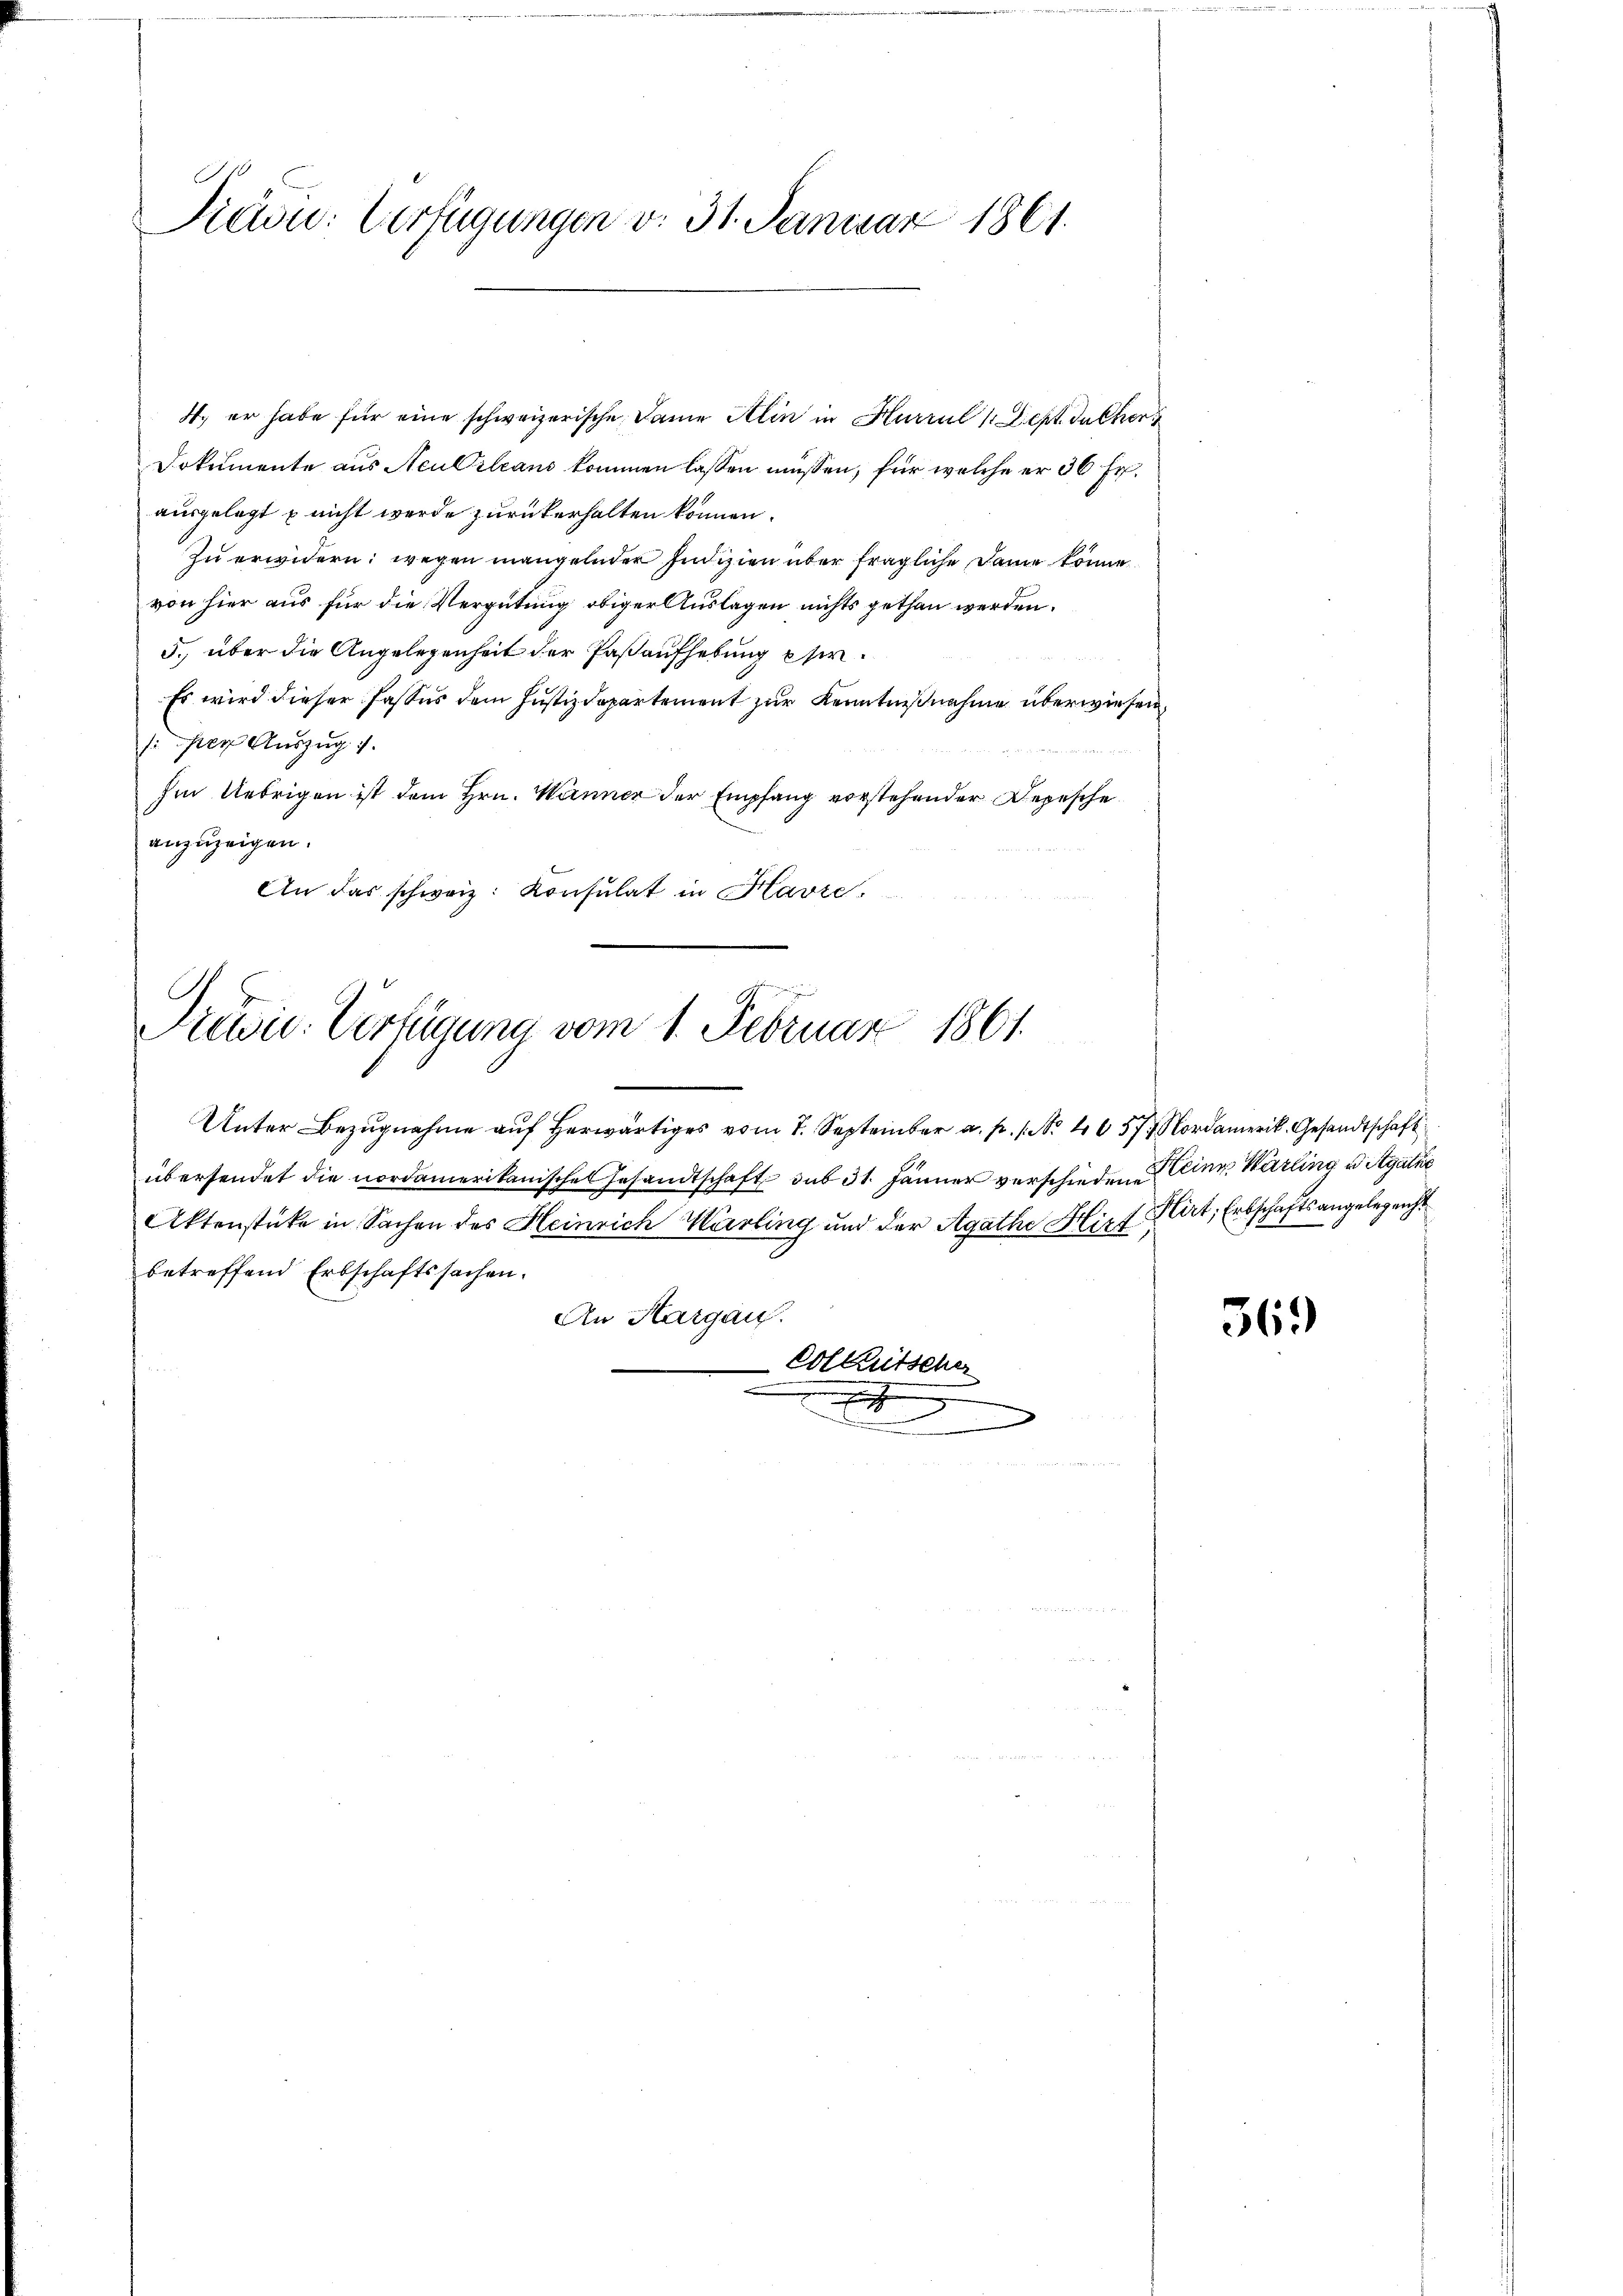
Pien: Verfügungen v. 31. Januar 1861.

Dokumente aus Aculsleans kommen lassen müssen, für welche er 36 Fr.
ausgelegt u nicht werde zurückerhalten können.
Zu erwidern; wegen mangelnder Indizien über fragliche Dame könne
von hier aus für die Vergütung obiger Auslagen nichts gethan werden.
5. über die Angelegenheit der Paßaufhebung per¬
Es wird dieser Fassus dem Justizdepartement zur Kenntnißnahme überwiesen.
/: per Auszug
Im Uebrigen ist dem Hrn. Wenner der Empfang vorstehender Depesche
anzuzeigen.
An das schweiz. Konsulat in Havre,

4. er habe für eine schweizerische Dame Alin in Hurrul 1. Sept. daher

Pretie-Verfügung vom 1. Februar 1861.

Unter Bezugnahme auf herwärtiges vom 7. September a. p. 1. No. 4657. Nordamerik. Gesandtschaft
übersendet die nordamerikanisches Gesandtschaft sub 31. Jänner verschieden Eine Härling u. Agathe
Aktenstücke in Sachen des Heinrich Marling und der Agathe Hirt Art, Erbschaftsangelegenst
betreffend Erbschaftssachen.
An Hargau.
Eolkutscher
hischen

369